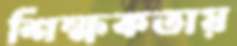
শিক্ষকতায়